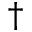
^ { \dag }